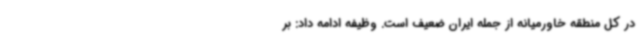
در کل منطقه خاورمیانه از جمله ایران ضعیف است. وظیفه ادامه داد: بر